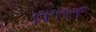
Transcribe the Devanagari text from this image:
९९९९९